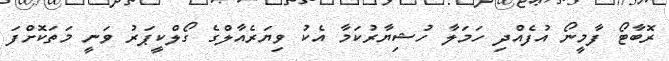
ރޮބާޓޯ ފާމީނޯ އުފެއްދި ހަމަލާ ހުޝިޔާރުކަމާ އެކު ވިޔަރެއާލްގެ ގޯލްކީޕަރު ވަނީ މަތަކޮށްފަ